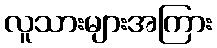
လူသားများအကြား